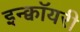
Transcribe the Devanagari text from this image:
इन्क्वॉयरी